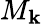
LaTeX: M_{\mathbf{k}}